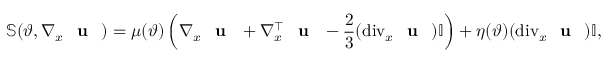
\mathbb { S } ( \vartheta , \nabla _ { x } \textbf { \textup { u } } ) = \mu ( \vartheta ) \left( \nabla _ { x } \textbf { \textup { u } } + \nabla _ { x } ^ { \top } \textbf { \textup { u } } - \frac { 2 } { 3 } ( \mathrm { d i v } _ { x } \textbf { \textup { u } } ) \mathbb { I } \right) + \eta ( \vartheta ) ( \mathrm { d i v } _ { x } \textbf { \textup { u } } ) \mathbb { I } ,